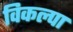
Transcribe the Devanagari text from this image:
विकल्पा